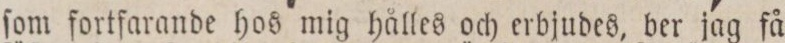
ſom fortfarande hos mig hålles och erbjudes, ber jag få